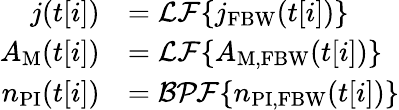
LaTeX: \begin{array}{rl}{j(t[i])}&{=\mathcal{LF}\{ j_{\mathrm{FBW}}(t[i])\} }\\ {A_{\mathrm{M}}(t[i])}&{=\mathcal{LF}\{ A_{\mathrm{M,FBW}}(t[i])\} }\\ {n_{\mathrm{PI}}(t[i])}&{=\mathcal{BPF}\{ n_{\mathrm{PI,FBW}}(t[i])\} }\end{array}